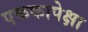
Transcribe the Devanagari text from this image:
एककापेक्षा